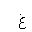
Letter: _gayn